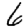
Digit: 6